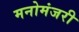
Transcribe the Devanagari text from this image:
मनोमंजरी